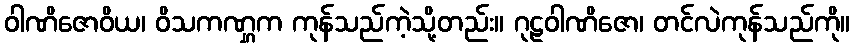
ဝါဏိဇောဝိယ၊ ဝိသကဏ္ဋက ကုန်သည်ကဲ့သို့တည်း။ ဂုဠဝါဏိဇော၊ တင်လဲကုန်သည်ကို။